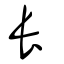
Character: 長